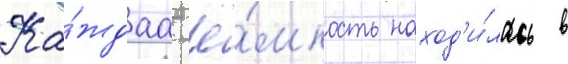
Ка́ждаа ё́мкость наход'и́лась в